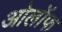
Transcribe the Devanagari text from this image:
ओलॉफ